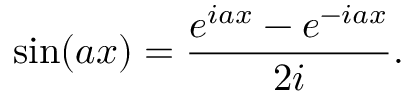
\sin ( a x ) = { \frac { e ^ { i a x } - e ^ { - i a x } } { 2 i } } .